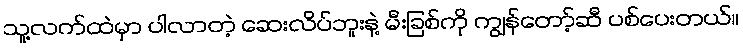
သူ့လက်ထဲမှာ ပါလာတဲ့ ဆေးလိပ်ဘူးနဲ့ မီးခြစ်ကို ကျွန်တော့်ဆီ ပစ်ပေးတယ်။